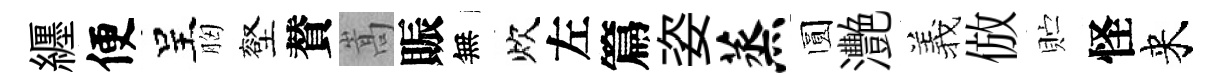
纒便呈胸壑賛嵩賑無炊左篇姿蒸圆灧羲倣贮怪来